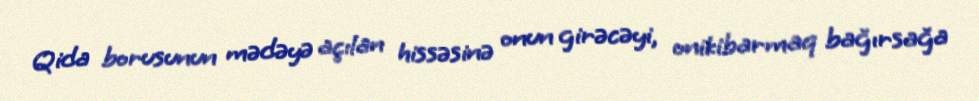
Qida borusunun mədəyə açılan hissəsinə onun girəcəyi, onikibarmaq bağırsağa